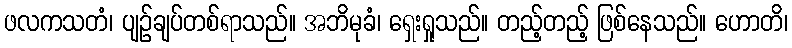
ဖလကသတံ၊ ပျဉ်ချပ်တစ်ရာသည်။ အဘိမုခံ၊ ရှေးရှုသည်။ တည့်တည့် ဖြစ်နေသည်။ ဟောတိ၊